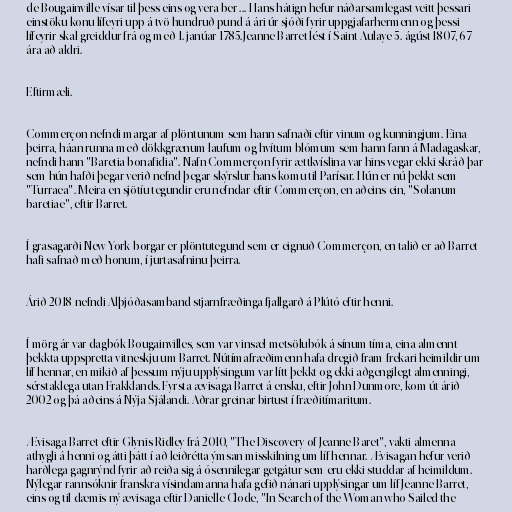
de Bougainville vísar til þess eins og vera ber ... Hans hátign hefur náðarsamlegast veitt þessari
einstöku konu lífeyri upp á tvö hundruð pund á ári úr sjóði fyrir uppgjafarhermenn og þessi
lífeyrir skal greiddur frá og með 1. janúar 1785.Jeanne Barret lést í Saint-Aulaye 5. ágúst 1807, 67
ára að aldri.

Eftirmæli.

Commerçon nefndi margar af plöntunum sem hann safnaði eftir vinum og kunningjum. Eina
þeirra, háan runna með dökkgrænum laufum og hvítum blómum sem hann fann á Madagaskar,
nefndi hann "Baretia bonafidia". Nafn Commerçon fyrir ættkvíslina var hins vegar ekki skráð þar
sem hún hafði þegar verið nefnd þegar skýrslur hans komu til Parísar. Hún er nú þekkt sem
"Turraea". Meira en sjötíu tegundir eru nefndar eftir Commerçon, en aðeins ein, "Solanum
baretiae", eftir Barret.

Í grasagarði New York-borgar er plöntutegund sem er eignuð Commerçon, en talið er að Barret
hafi safnað með honum, í jurtasafninu þeirra.

Árið 2018 nefndi Alþjóðasamband stjarnfræðinga fjallgarð á Plútó eftir henni.

Í mörg ár var dagbók Bougainvilles, sem var vinsæl metsölubók á sínum tíma, eina almennt
þekkta uppspretta vitneskju um Barret. Nútímafræðimenn hafa dregið fram frekari heimildir um
líf hennar, en mikið af þessum nýju upplýsingum var lítt þekkt og ekki aðgengilegt almenningi,
sérstaklega utan Frakklands. Fyrsta ævisaga Barret á ensku, eftir John Dunmore, kom út árið
2002 og þá aðeins á Nýja-Sjálandi. Aðrar greinar birtust í fræðitímaritum.

Ævisaga Barret eftir Glynis Ridley frá 2010, "The Discovery of Jeanne Baret", vakti almenna
athygli á henni og átti þátt í að leiðrétta ýmsan misskilning um líf hennar. Ævisagan hefur verið
harðlega gagnrýnd fyrir að reiða sig á ósennilegar getgátur sem eru ekki studdar af heimildum.
Nýlegar rannsóknir franskra vísindamanna hafa gefið nánari upplýsingar um líf Jeanne Barret,
eins og til dæmis ný ævisaga eftir Danielle Clode, "In Search of the Woman who Sailed the